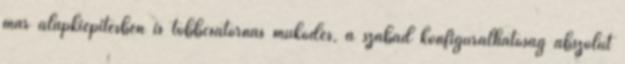
már alapkiépítésben is többcsatornás mûködés, a szabad konfigurálhatóság abszolút